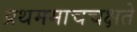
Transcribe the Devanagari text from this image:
प्रथममाचचक्षते